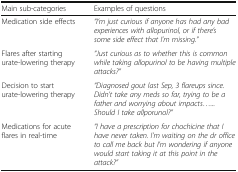
<table><thead><tr><td><b>Main sub-categories</b></td><td><b>Examples of questions</b></td></tr></thead><tbody><tr><td>Medication side effects</td><td><i>“I’m just curious if anyone has had any bad experiences with allopurinol, or if there’s some side effect that I’m missing.”</i></td></tr><tr><td>Flares after starting urate-lowering therapy</td><td><i>“Just curious as to whether this is common while taking allopurinol to be having multiple attacks?”</i></td></tr><tr><td>Decision to start urate-lowering therapy</td><td><i>“Diagnosed gout last Sep, 3 flareups since. Didn’t take any meds so far, trying to be a father and worrying about impacts...... Should I take allporunol?”</i></td></tr><tr><td>Medications for acute flares in real-time</td><td><i>“I have a prescription for chochicine that I have never taken. I’m waiting on the dr office to call me back but I’m wondering if anyone would start taking it at this point in the attack?”</i></td></tr></tbody></table>